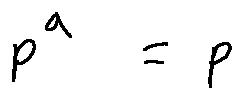
p ^ { a } = p